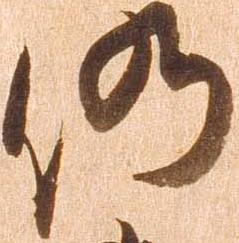
仍